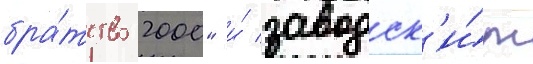
бра́тство 2000" и́ заводск'и́м